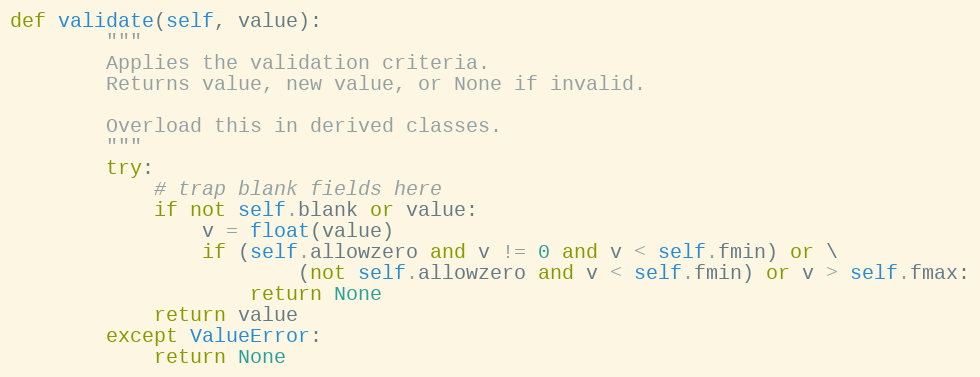
Language: Python
def validate(self, value):
        """
        Applies the validation criteria.
        Returns value, new value, or None if invalid.

        Overload this in derived classes.
        """
        try:
            # trap blank fields here
            if not self.blank or value:
                v = float(value)
                if (self.allowzero and v != 0 and v < self.fmin) or \
                        (not self.allowzero and v < self.fmin) or v > self.fmax:
                    return None
            return value
        except ValueError:
            return None